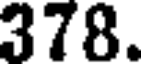
378.